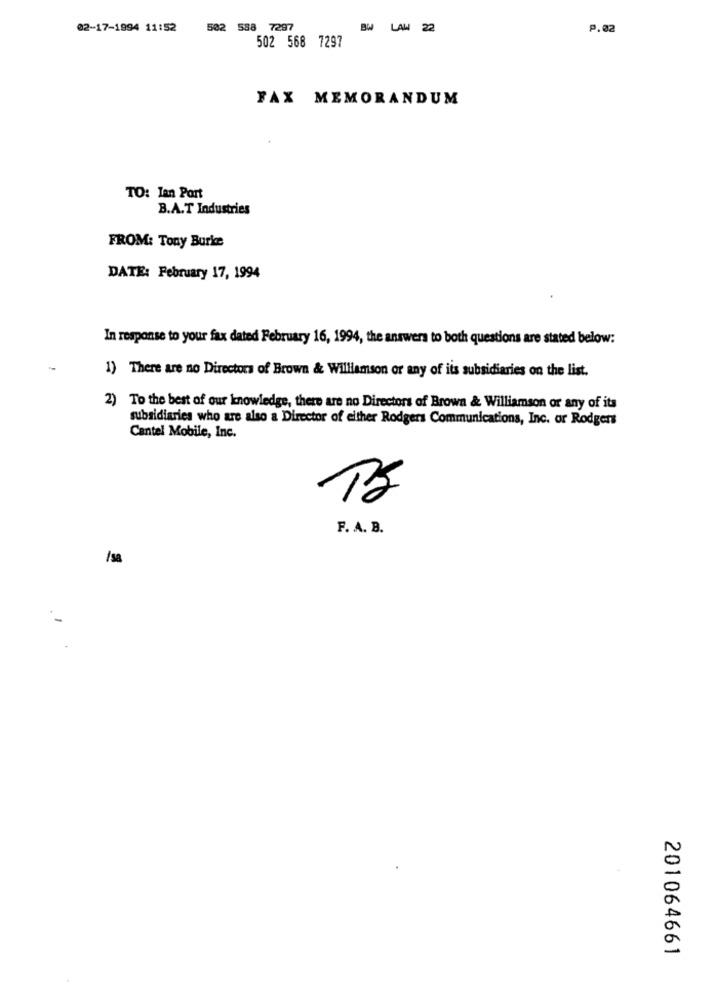
02-17-1994 11:52
502 588 7297
BW LAW 22
P.02
502 568 7297
FAX MEMORANDUM
TO: Ian Port
B.A.T Industries
FROM: Tony Burke
DATE: February 17, 1994
In response to your fax dated February 16, 1994, the answers to both questions are stated below:
1) There are no Directors of Brown & Williamson or any of its subsidiaries on the list.
2) To the best of our knowledge, there are no Directors of Brown & Williamson or any of its
subsidiaries who are also a Director of either Rodgers Communications, Inc. or Rodgers
Cantel Mobile, Inc.
F. A. B.
/sa
201064661